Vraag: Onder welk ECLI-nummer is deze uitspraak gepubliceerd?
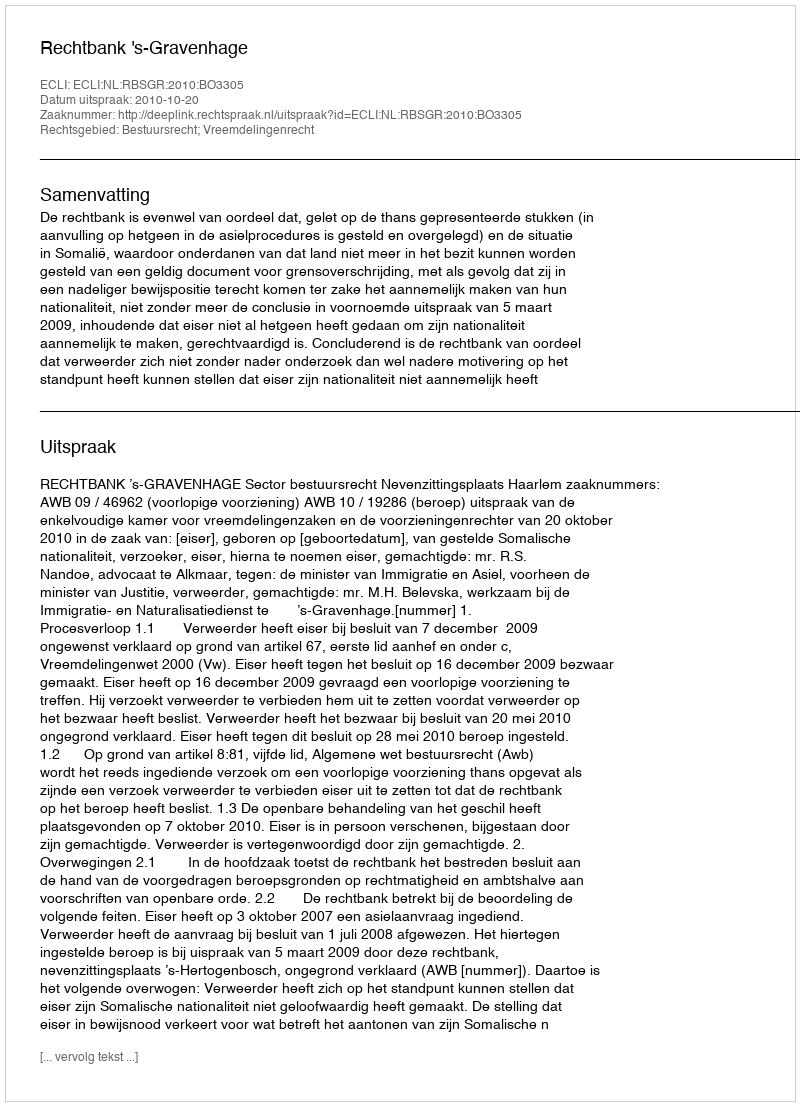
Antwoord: ECLI:NL:RBSGR:2010:BO3305